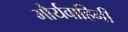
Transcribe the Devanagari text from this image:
मौर्यवाहिनी